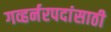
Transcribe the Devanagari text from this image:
गव्हर्नरपदांसाठी